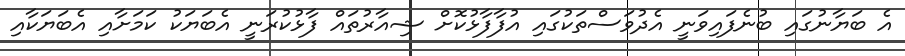
އެ ބަޔާނުގައި ބުނެފައިވަނީ އެދުވަސްތަކުގައި އުފާފާޅުކޮށް ޝިއާރުތައް ފާޅުކުރަނީ އެބަޔަކު ކަމަށާއި އެބަޔަކާއި